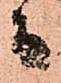
而